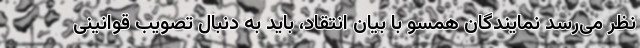
نظر می‌رسد نمایندگان همسو با بیان انتقاد، باید به دنبال تصویب قوانینی